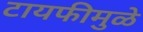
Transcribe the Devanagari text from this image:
टायफीमुळे